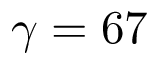
\gamma = 6 7